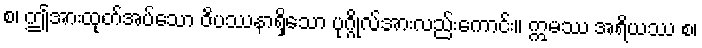
စ၊ ဤအားထုတ်အပ်သော ဝိပဿနာရှိသော ပုဂ္ဂိုလ်အားလည်းကောင်း။ ဣမဿ အရိယဿ စ၊